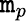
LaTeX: \mathtt{m}_{p}